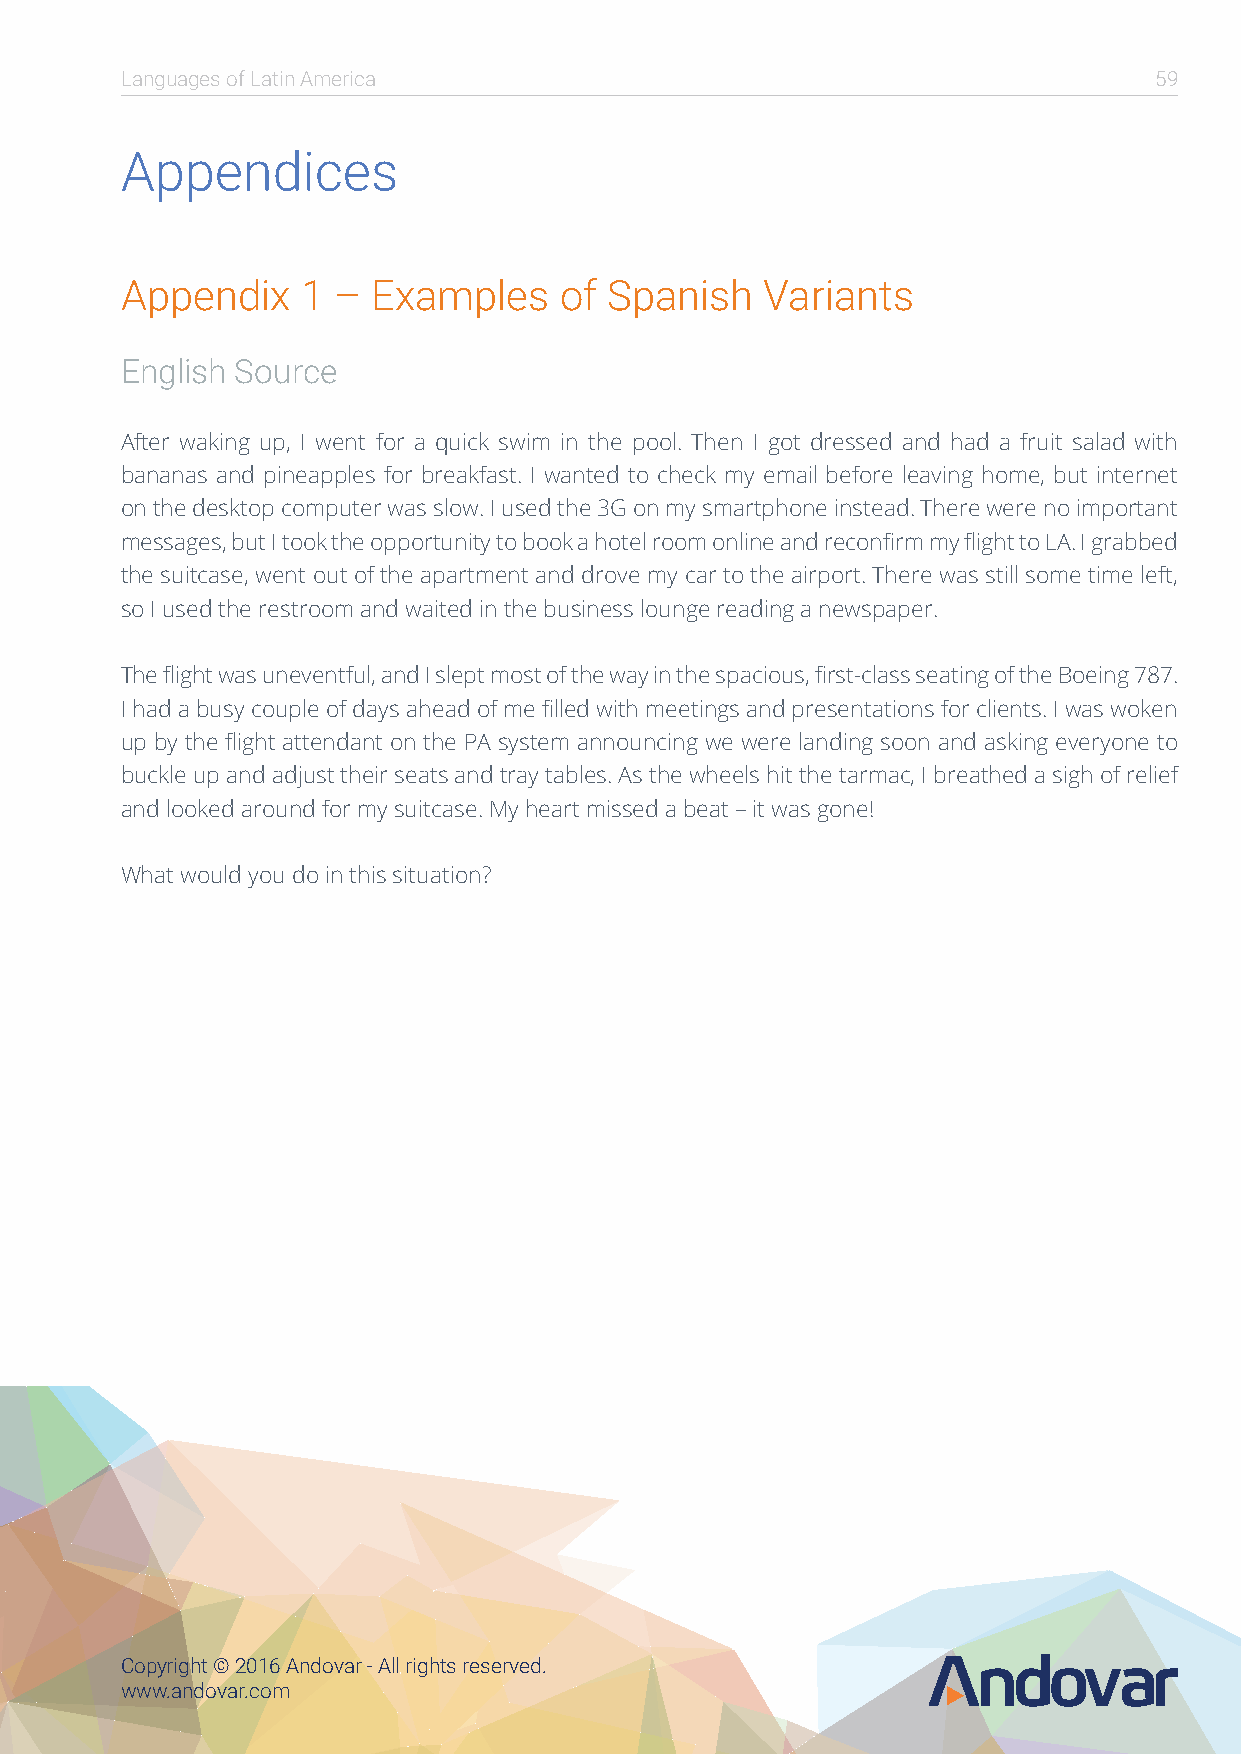
Languages of Latin America                                          59
 Appendices
 Appendix    1 –  Examples    of Spanish    Variants
 English Source
 After waking up, I went for a quick swim in the pool. Then I got dressed and had a fruit salad with
 bananas and pineapples for breakfast. I wanted to check my email before leaving home, but internet
 on the desktop computer was slow. I used the 3G on my smartphone instead. There were no important
 messages, but I took the opportunity to book a hotel room online and reconfirm my flight to LA. I grabbed
 the suitcase, went out of the apartment and drove my car to the airport. There was still some time left,
 so I used the restroom and waited in the business lounge reading a newspaper.
 The flight was uneventful, and I slept most of the way in the spacious, first-class seating of the Boeing 787.
 I had a busy couple of days ahead of me filled with meetings and presentations for clients. I was woken
 up by the flight attendant on the PA system announcing we were landing soon and asking everyone to
 buckle up and adjust their seats and tray tables. As the wheels hit the tarmac, I breathed a sigh of relief
 and looked around for my suitcase. My heart missed a beat – it was gone!
 What would you do in this situation?
 Copyright © 2016 Andovar - All rights reserved.
 www.andovar.com